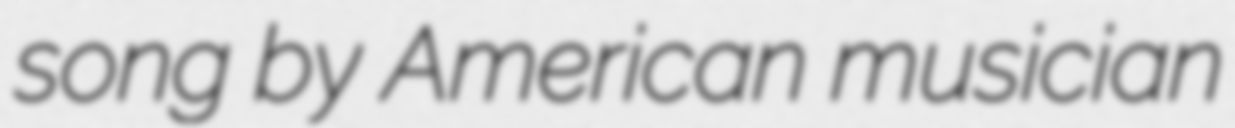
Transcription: song by American musician